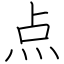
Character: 点